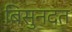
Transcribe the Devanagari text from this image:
बिसुनदत